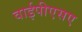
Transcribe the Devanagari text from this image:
वाईपीएसए